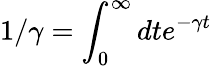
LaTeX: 1/\gamma=\int_{0}^{\infty}dte^{-\gamma t}